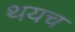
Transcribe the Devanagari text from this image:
थयच